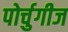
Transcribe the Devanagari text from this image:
पोर्चुगीज